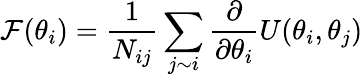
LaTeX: \mathcal{F}(\theta_{i})=\frac{1}{N_{ij}}\sum_{j\sim i}\frac{\partial}{\partial\theta_{i}}U(\theta_{i},\theta_{j})